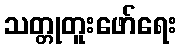
သတ္တုတူးဖော်ရေး